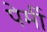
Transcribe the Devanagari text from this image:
पेर्मी